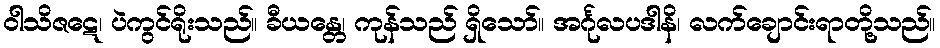
ဝါသိဇဋေ၊ ပဲကွင်ရိုးသည်။ ခီယန္တေ၊ ကုန်သည် ရှိသော်။ အင်္ဂုလပဒါနိ၊ လက်ချောင်းရာတို့သည်။